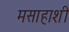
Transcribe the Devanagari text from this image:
मसाहाशी